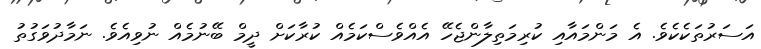
އަސަރުތަކެކެވެ. އެ މަންމައާއި ކުރިމަތިލާންޖެހޭ އެއްވެސްކަމެއް ކުރާކަށް ދީމް ބޭނުމެއް ނުވިއެވެ. ނަމާދުވަގުތު